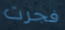
فجرت